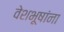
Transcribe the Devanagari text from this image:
वेशभूषांना